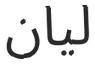
ليان